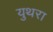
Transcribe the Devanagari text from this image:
युथरा